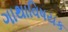
ગાથાવિષયક